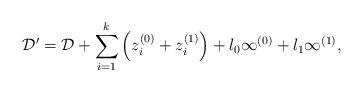
LaTeX: \begin{align*}\mathcal{D}^\prime = \mathcal{D} + \sum_{i=1}^k\left(z_i^{(0)}+z_i^{(1)}\right) + l_0\infty^{(0)} + l_1\infty^{(1)},\end{align*}